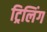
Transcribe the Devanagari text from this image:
ट्रिलिंग